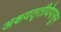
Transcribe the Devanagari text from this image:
अक्षयतृतीयेपासून